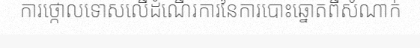
ការថ្កោលទោសលើដំណើរការនៃការបោះឆ្នោតពីសំណាក់